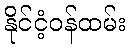
နိုင်ငံ့ဝန်ထမ်း